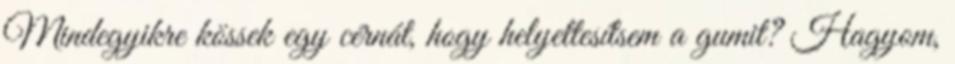
Mindegyikre kössek egy cérnát, hogy helyettesítsem a gumit? Hagyom,